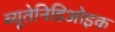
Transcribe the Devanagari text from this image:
ब्यूतेनिडिओइक